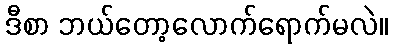
ဒီစာ ဘယ်တော့လောက်ရောက်မလဲ။